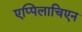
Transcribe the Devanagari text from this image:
एप्पिलाचिएन